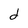
Character: d